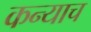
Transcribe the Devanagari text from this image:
कन्याच